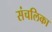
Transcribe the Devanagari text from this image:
संचलिका